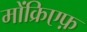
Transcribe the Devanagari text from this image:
मोंक्रिएफ़